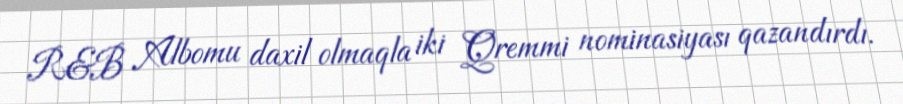
R&B Albomu daxil olmaqla iki Qremmi nominasiyası qazandırdı.